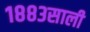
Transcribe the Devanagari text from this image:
१८८३साली